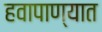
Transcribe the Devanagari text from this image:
हवापाण्यात